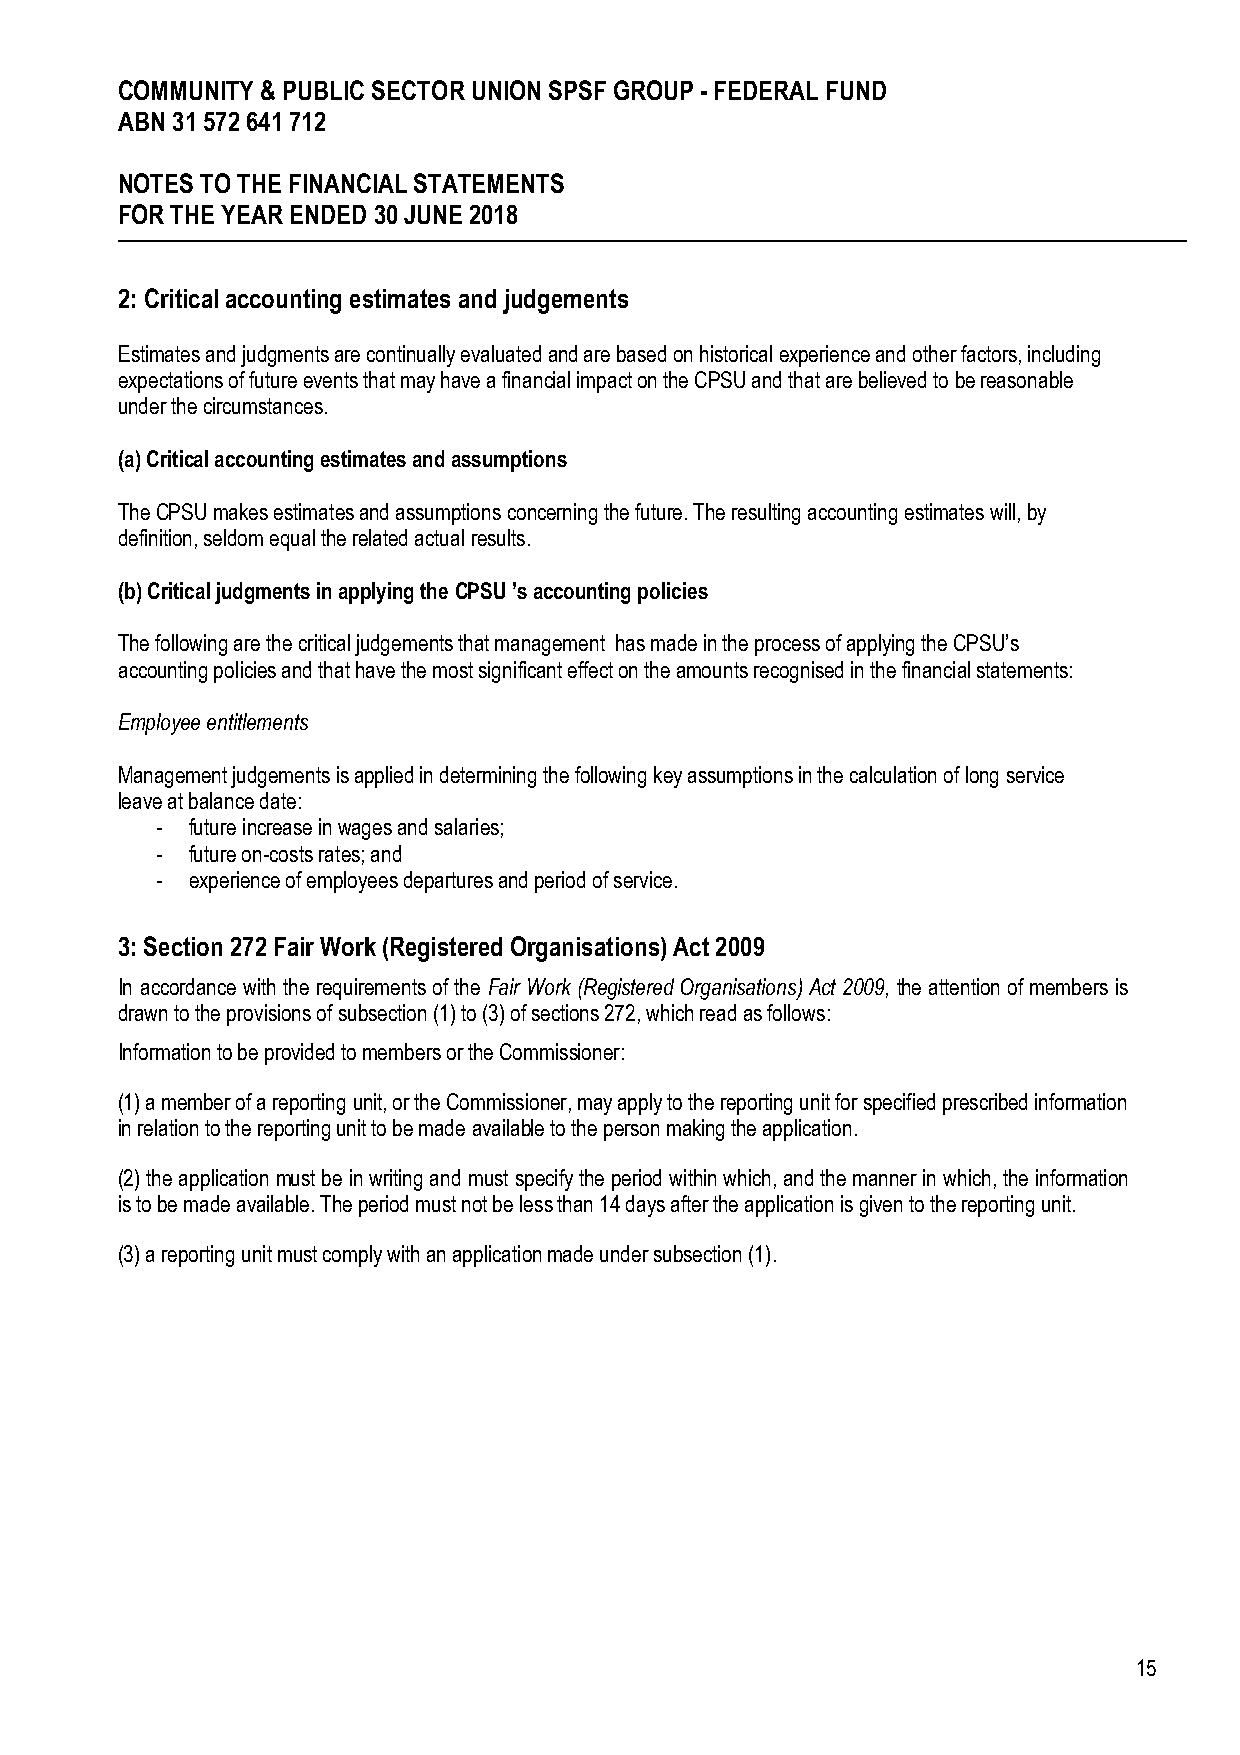
COMMUNITY & PUBLIC SECTOR UNION SPSF GROUP - FEDERAL FUND
 ABN 31 572 641 712
 NOTES TO THE FINANCIAL STATEMENTS
 FOR THE YEAR ENDED 30 JUNE 2018
 2: Critical accounting estimates and judgements
 Estimates and judgments are continually evaluated and are based on historical experience and other factors, including
 expectations of future events that may have a financial impact on the CPSU and that are believed to be reasonable
 under the circumstances.
 (a) Critical accounting estimates and assumptions
 The CPSU makes estimates and assumptions concerning the future. The resulting accounting estimates will, by
 definition, seldom equal the related actual results.
 (b) Critical judgments in applying the CPSU ’s accounting policies
 The following are the critical judgements that management has made in the process of applying the CPSU’s
 accounting policies and that have the most significant effect on the amounts recognised in the financial statements:
 Employee entitlements
 Management judgements is applied in determining the following key assumptions in the calculation of long service
 leave at balance date:
 - future increase in wages and salaries;
 - future on-costs rates; and
 - experience of employees departures and period of service.
 3: Section 272 Fair Work (Registered Organisations) Act 2009
 In accordance with the requirements of the Fair Work (Registered Organisations) Act 2009, the attention of members is
 drawn to the provisions of subsection (1) to (3) of sections 272, which read as follows:
 Information to be provided to members or the Commissioner:
 (1) a member of a reporting unit, or the Commissioner, may apply to the reporting unit for specified prescribed information
 in relation to the reporting unit to be made available to the person making the application.
 (2) the application must be in writing and must specify the period within which, and the manner in which, the information
 is to be made available. The period must not be less than 14 days after the application is given to the reporting unit.
 (3) a reporting unit must comply with an application made under subsection (1).
 15